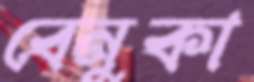
বেনুকা